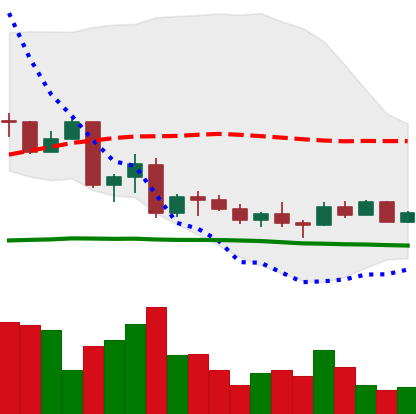
Ticker: EOS-USD
Chart end date: 2022-10-03
Forward return: -6.615%
Label: down_5_7